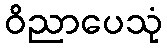
ဝိညာပေသုံ